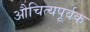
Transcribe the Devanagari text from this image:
औचित्यपूर्वक